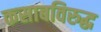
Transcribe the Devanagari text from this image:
कसाबविरुद्ध